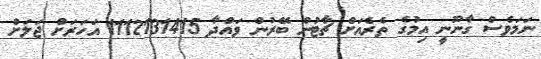
ނަމަވެސް ގާނޫނީ އިމުގެ ތެރެއަށް ޗާޓުން ބޭރުން ވައްދާ 1112131415 އަހަރަށް ޖަލަށް